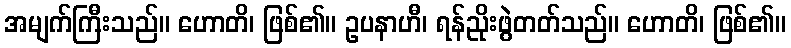
အမျက်ကြီးသည်။ ဟောတိ၊ ဖြစ်၏။ ဥပနာဟီ၊ ရန်ညိုးဖွဲတတ်သည်။ ဟောတိ၊ ဖြစ်၏။